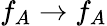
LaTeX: f_{A}\rightarrow f_{A}